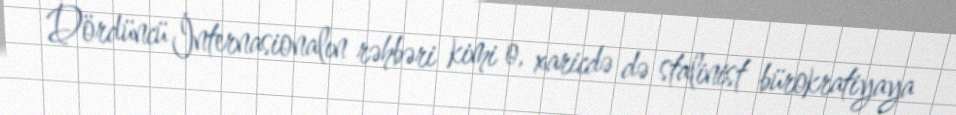
Dördüncü İnternasionalın rəhbəri kimi o, xaricdə də stalinist bürokratiyaya